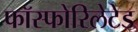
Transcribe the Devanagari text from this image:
फॉस्फोरिलेटेड